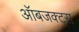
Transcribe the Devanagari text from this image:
ऑबजक्ट्स